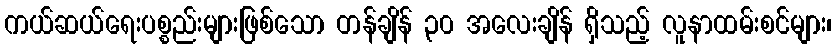
ကယ်ဆယ်ရေးပစ္စည်းများဖြစ်သော တန်ချိန် ၃၀ အလေးချိန် ရှိသည့် လူနာထမ်းစင်များ၊